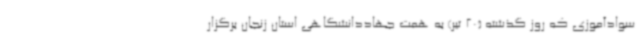
سوادآموزی که روز گذشته (20 تیر) به همت جهاددانشگاهی استان زنجان برگزار